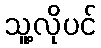
သူ့လိုပင်